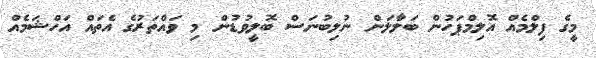
މީގެ ފިލްމެއް އޮލިމްޕަހުން ބަލާލަން ނުލިބުނަސް ބޮލީވުޑުން މި ވައްތަރުގެ އެތައް އަހްޝަމެއް